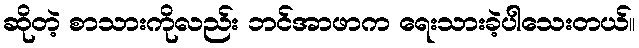
ဆိုတဲ့ စာသားကိုလည်း ဘင်အာဖာက ရေးသားခဲ့ပါသေးတယ်။